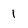
Character: 1